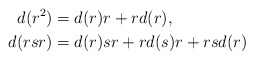
\begin{align*} d(r^2)&=d(r)r+rd(r),\\ d(rsr)&=d(r)sr+rd(s)r+rsd(r)\end{align*}